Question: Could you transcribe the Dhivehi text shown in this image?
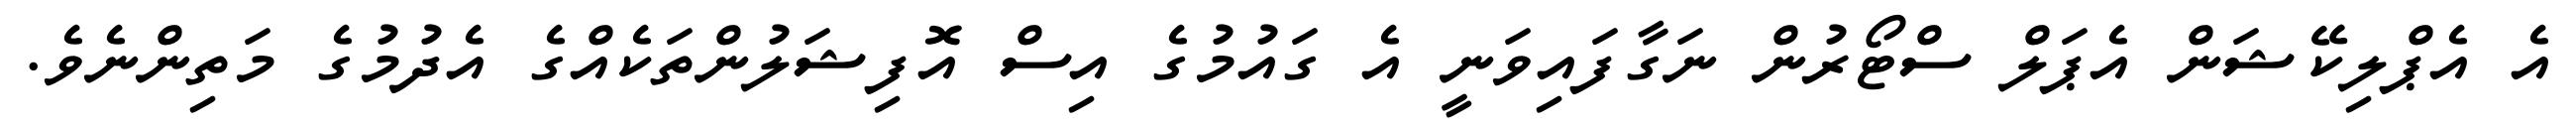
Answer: އެ އެޕްލިކޭޝަން އެޕަލް ސްޓޯރުން ނަގާފައިވަނީ އެ ގައުމުގެ އިސް އޮފިޝަލުންތަކެއްގެ އެދުމުގެ މަތިންނެވެ.